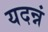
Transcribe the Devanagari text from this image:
यदन्नं